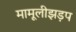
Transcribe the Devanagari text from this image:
मामूलीझड़प